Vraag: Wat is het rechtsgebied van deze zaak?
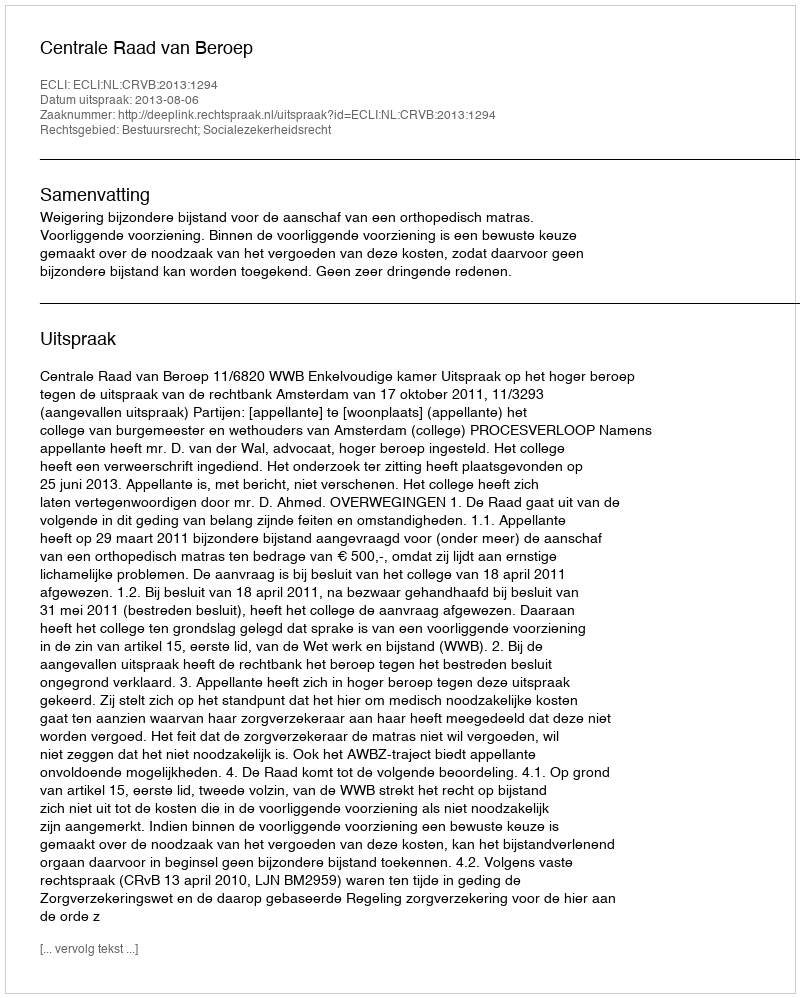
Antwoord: Bestuursrecht; Socialezekerheidsrecht